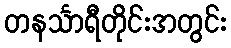
တနင်္သာရီတိုင်းအတွင်း